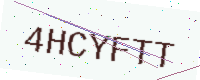
Text: 4HCYFTT